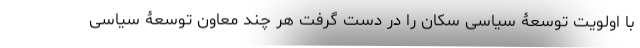
با اولویت توسعۀ سیاسی سکان را در دست گرفت هر چند معاون توسعۀ سیاسی